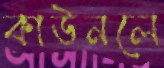
কাউনলে